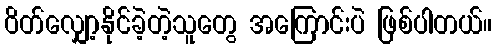
ဝိတ်လျှော့နိုင်ခဲ့တဲ့သူတွေ အကြောင်းပဲ ဖြစ်ပါတယ်။